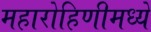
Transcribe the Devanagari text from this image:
महारोहिणीमध्ये